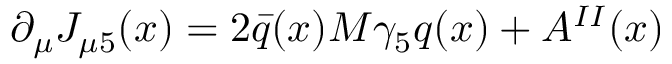
\partial _ { \mu } J _ { \mu 5 } ( x ) = 2 \bar { q } ( x ) M \gamma _ { 5 } q ( x ) + A ^ { I I } ( x )